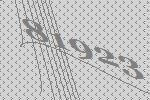
81923